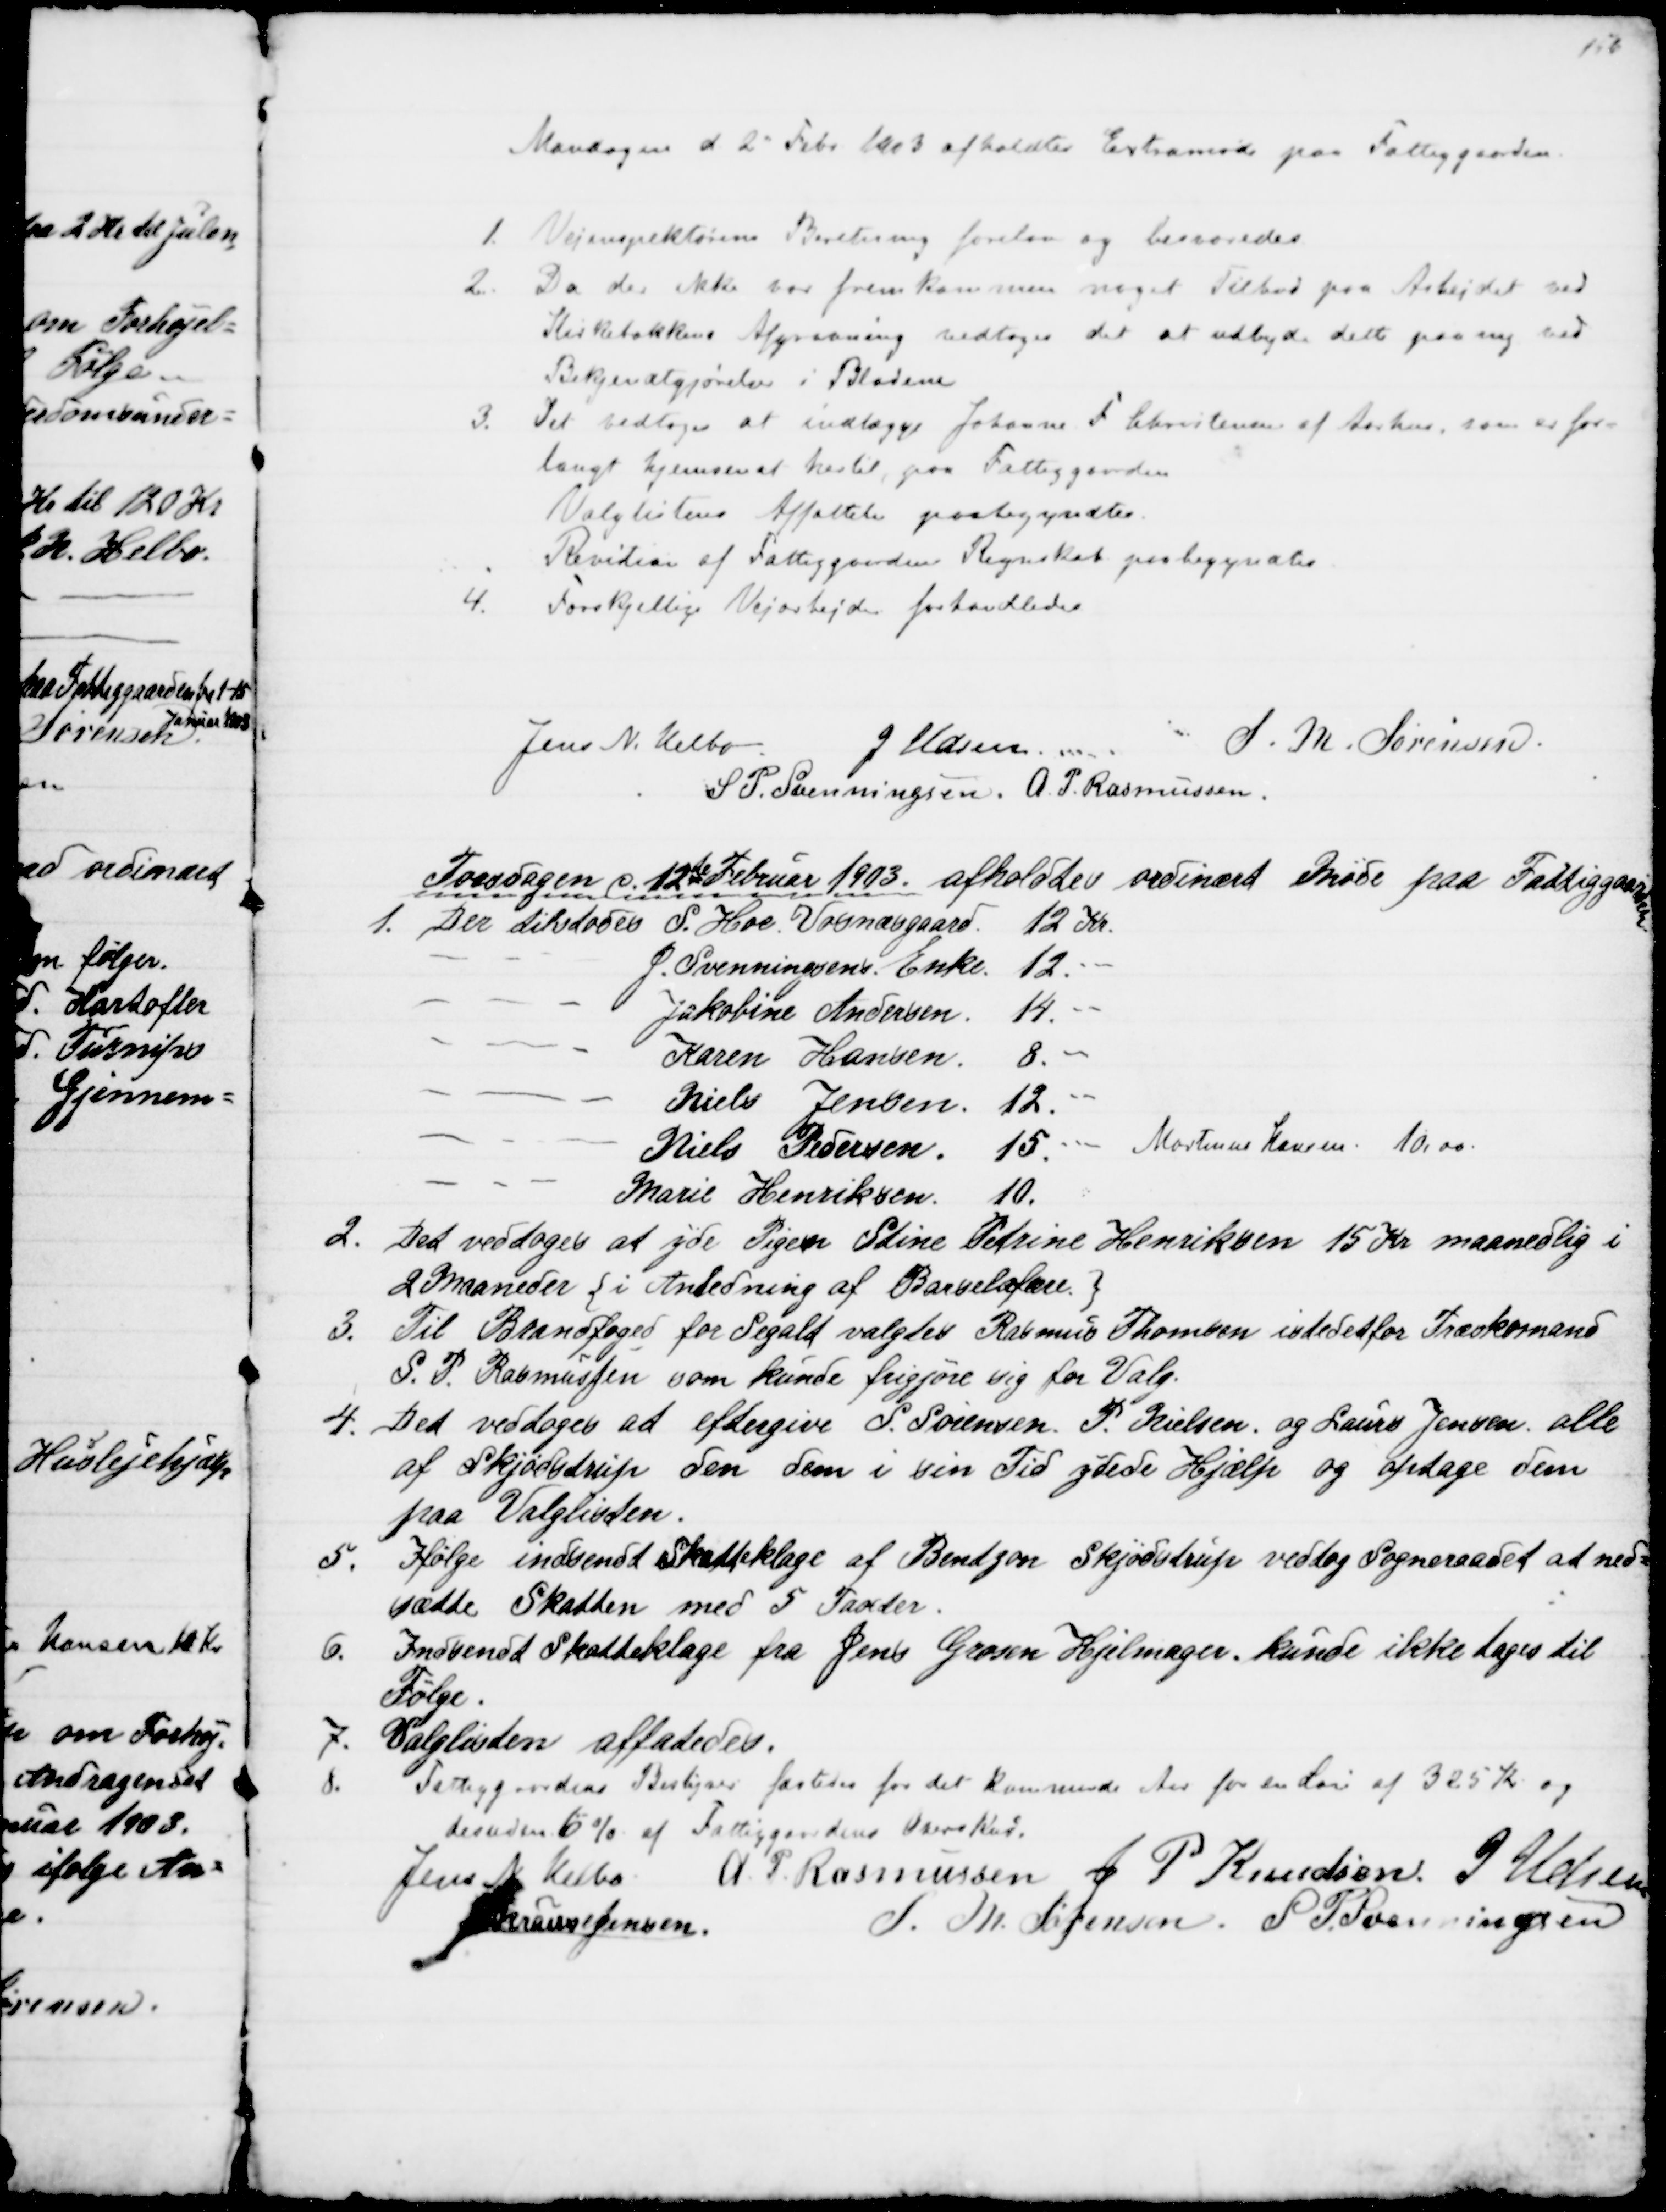
Transskription:
Mandagen d. 2" Febr. 1903 afholdtes Extramøde paa Fattiggaarden.
1.
Vejinspektørens Beretning forelaa og besvaredes
2.
Da der ikke var fremkommen noget Tilbud paa Arbejdet ved
Kirkebakkens Afgravning vedtoges det at udbyde dette paany ved
Bekjendtgjørelse i Bladene
3. Det vedtoges at indlægge Johanne F. Christensen af Aarhus, som er for-
langt hjemsendt hertil, paa Fattiggaarden
Valglistens Affattelse paabegyndtes.
Revision af Fattiggaardens Regnskab paabegyndtes
4.
Forskjellige Vejarbejder forhandledes
Jens N. Helbo
J Udsen
S. M. Sørensen
S. P. Svenningsen. A. P. Rasmussen
Torsdagen d. 12te Februar 1903 afholdtes ordinært Møde paa Fattiggaarden
1. Der tilstodes S. Hoe. Vosnæsgaard.
12 Kr.
J. Svenningsens Enke.
12. -
Jakobine Andersen
14. -
Karen Hansen
8. -
Niels Jensen. 12. -
Niels Pedersen 15. -
Martinus Hansen 10,00.
Marie Henriksen. 10. -
2.
Det vedtoges at yde Pigen Stine Petrine Henriksen 15 Kr maanedlig i
2 Maaneder {i Anledning af Barselsfære.}
3. 
Til Brandfoged for Segalt valgtes Rasmus Thomsen istedet for Træskomand
S. P. Rasmussen som kunde frigjøre sig for Valg.
4. Det vedtoges at eftergive S. Sørensen. P. Nielsen og Laurs Jensen. alle
af Skjødstrup den dem i sin Tid ydede Hjælp og optage dem
paa Valglisten.
5.
Ifølge indsendt Skatteklage af Bentzon Skjødstrup vedtog Sogneraadet at ned=
sætte Skatten med 5 Taxter.
6.
Indsendt Skatteklage fra Jens Grosen Hjelmager kunde ikke tages til
Følge.
7.
Valglisten affatedes.
8.
Fattiggaardens Bestyrer fæstedes for det kommende Aar for en Løn af 325 Kr og
desuden 6 % af Fattiggaardens Overskud.
Jens N. Helbo A. P. Rasmussen J P Knudsen J. Udsen
S. Krause Jensen
S. M. Sørensen S. P. Svenningsen